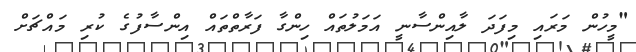
"މީހުން މަރައި މިފަދަ ލާއިންސާނީ އަމަލުތައް ހިންގާ ފަރާތްތައް އިންސާފުގެ ކުރި މައްޗަށް